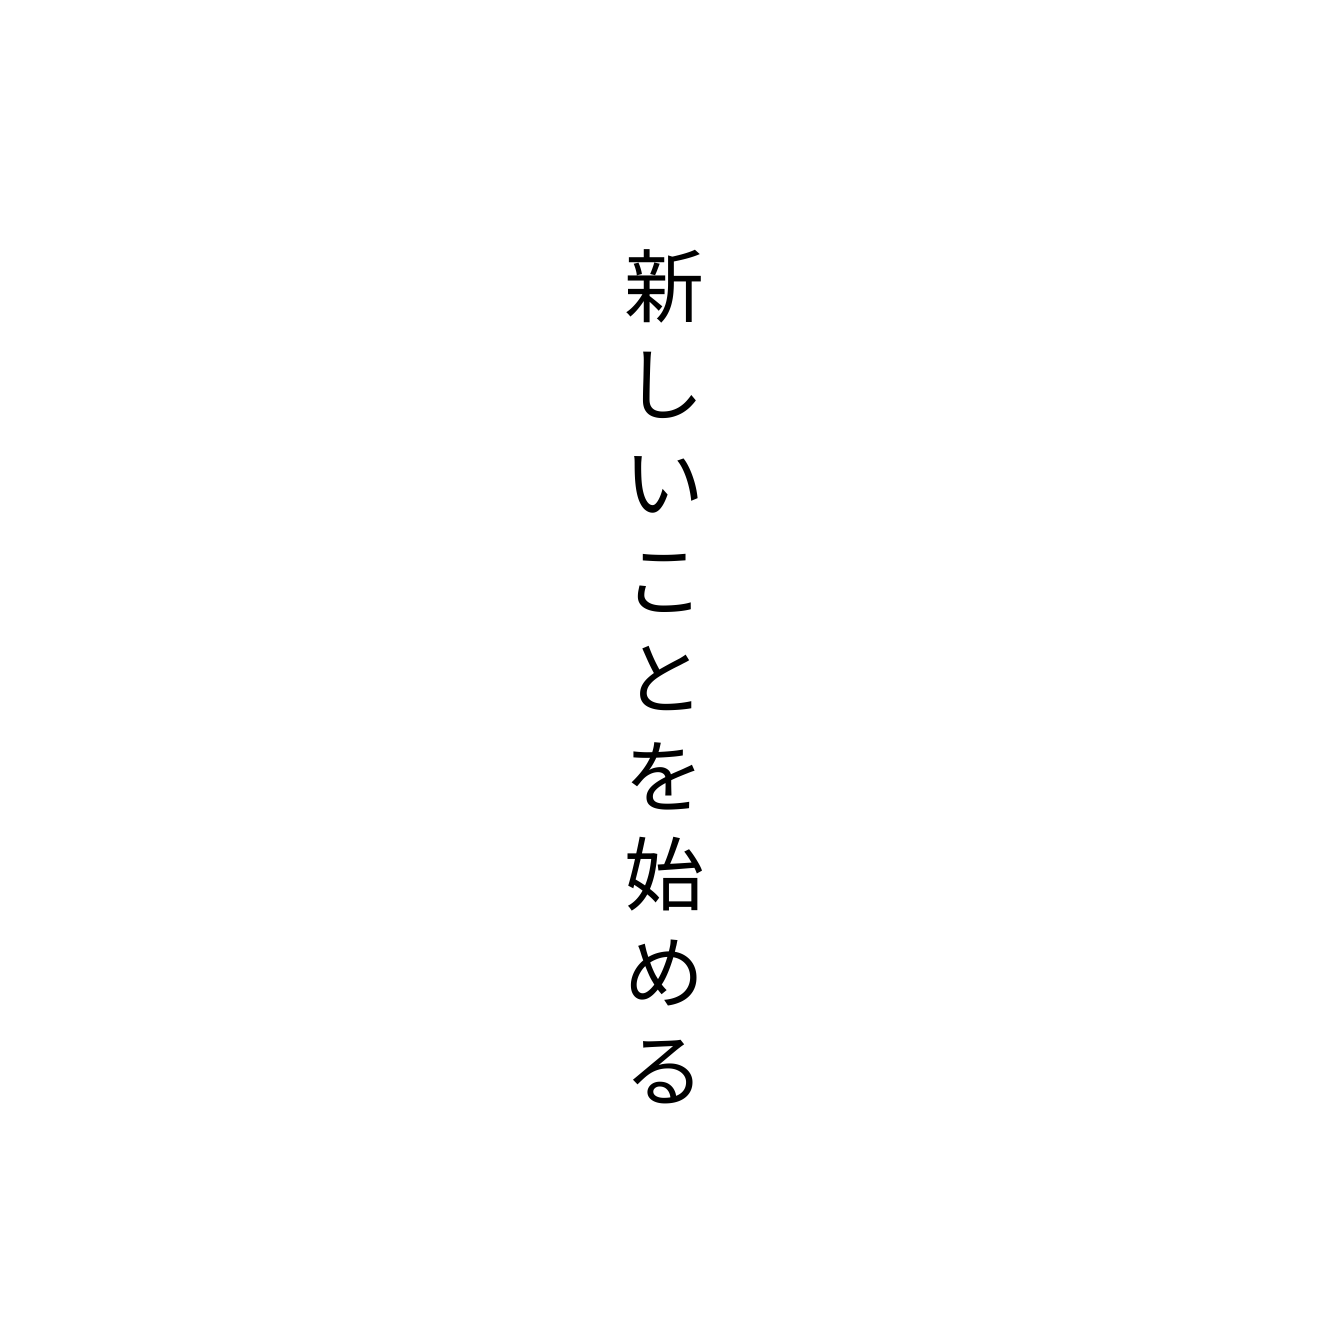
新しいことを始める